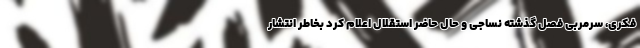
فکری، سرمربی فصل گذشته نساجی و حال حاضر استقلال اعلام کرد بخاطر انتشار